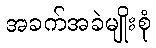
အခက်အခဲမျိုးစုံ